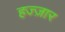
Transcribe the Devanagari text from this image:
हज्ज़ार